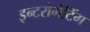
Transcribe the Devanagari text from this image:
इन्टरोगेटिंग